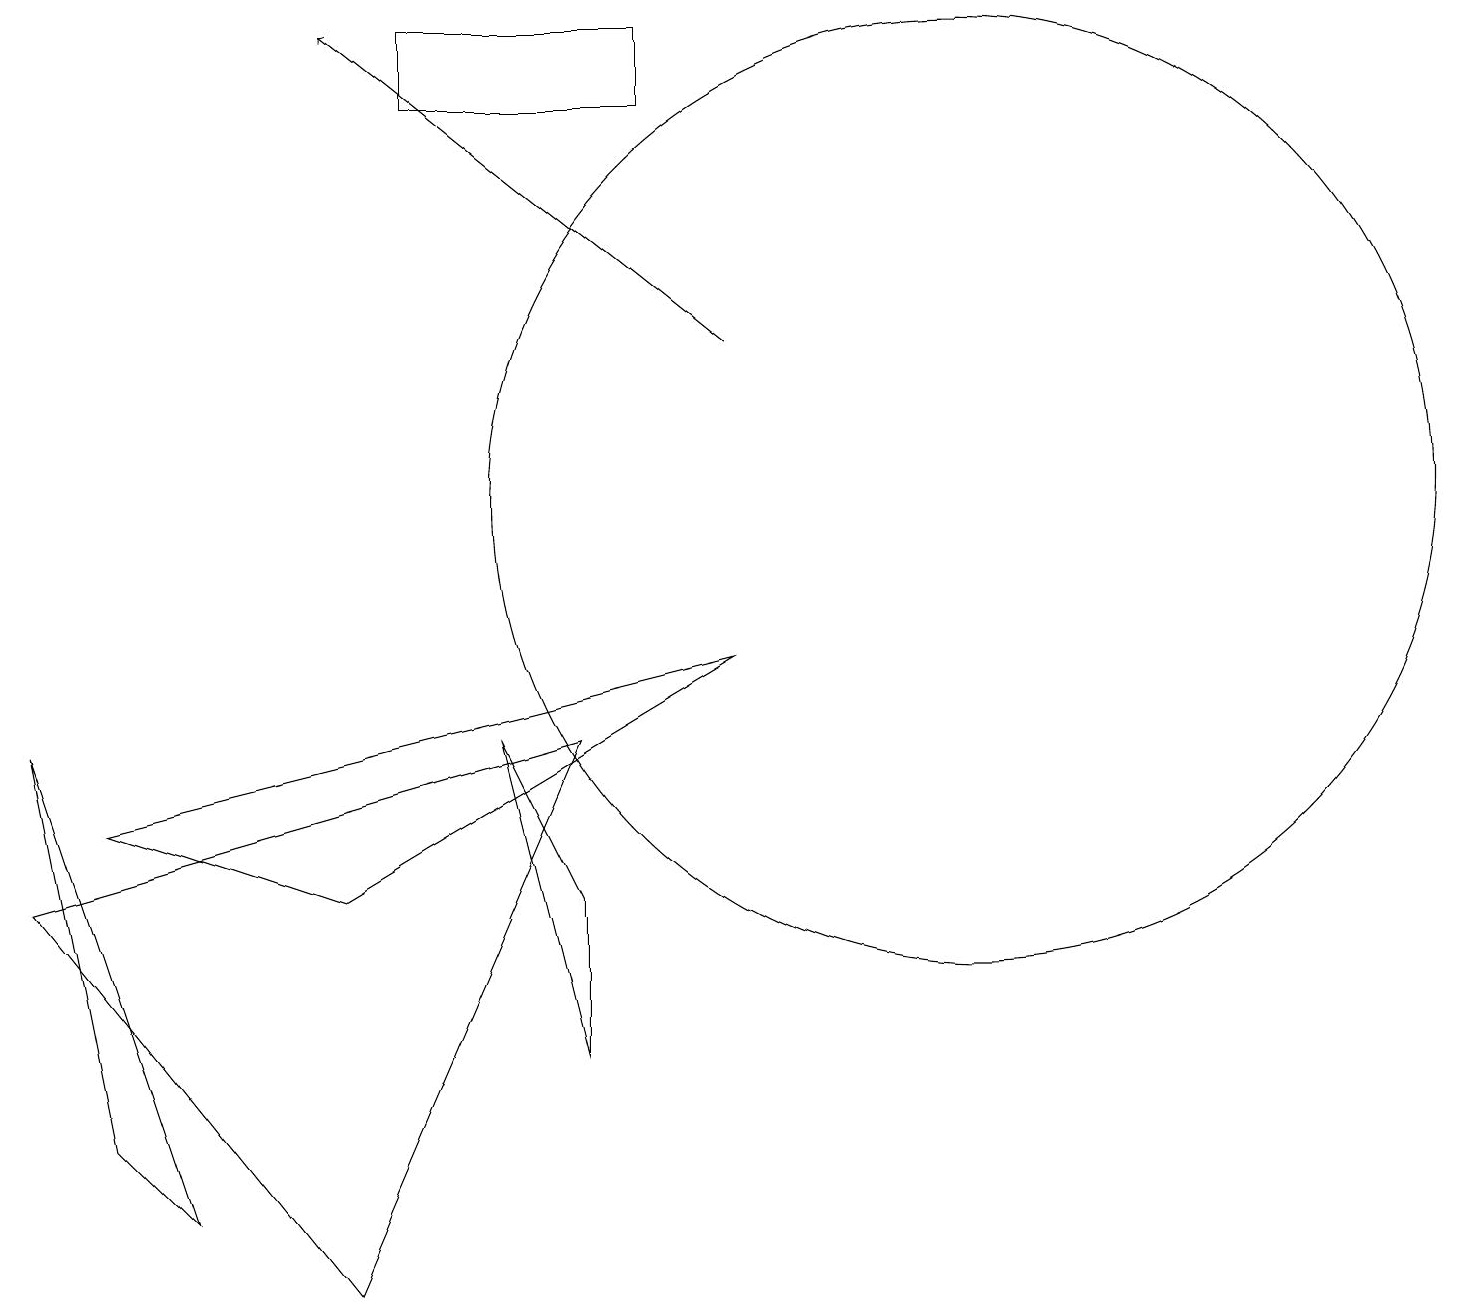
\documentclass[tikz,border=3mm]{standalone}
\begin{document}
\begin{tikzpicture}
\draw[->] (9,13) -- (4,17);
\draw (6,8) -- (7,6) -- (7,4) -- cycle;
\draw (5,16) rectangle (8,17);
\draw (1,3) -- (0,8) -- (2,2) -- cycle;
\draw (12,11) circle (6);
\draw (0,6) -- (7,8) -- (4,1) -- cycle;
\draw (4,6) -- (1,7) -- (9,9) -- cycle;
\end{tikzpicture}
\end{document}